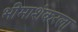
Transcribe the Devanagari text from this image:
भीमाशंकरला